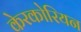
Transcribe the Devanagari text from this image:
केरकोरियन